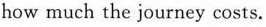
how much the journey costs.